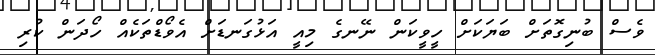
ވެސް ބުނިގޮތަށް ބަޔަކަށް ހީވީކަން ނޭނގެ މިއީ އަޅުގަނޑަށް އެވޯޑްތަކެއް ހޯދަން ކުރި